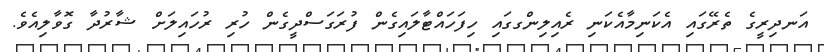
އަނދިރީގެ ތެރޭގައި އެކަނިމާއެކަނި ރެއިލިންގގައި ހިފަހައްޓާލައިގެން ފުރަގަސްދީގެން ހުރި ރުހައިލަށް ޝާރުދާ ގޮވާލިއެވެ.